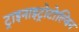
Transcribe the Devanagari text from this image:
ट्राइनाइट्रोटोल्विन